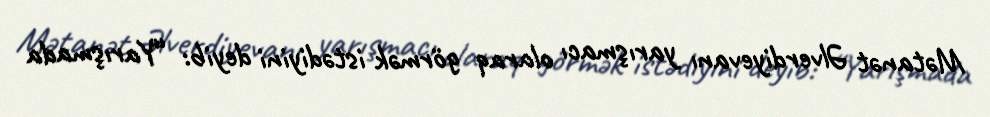
Mətanət Əlverdiyevanı yarışmacı olaraq görmək istədiyini deyib: “Yarışmada